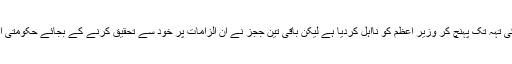
سپریم کورٹ کے دو جج صاحبان نے ان الزامات کی تہہ تک پہنچ کر وزیر اعظم کو نااہل کردیا ہے لیکن باقی تین ججز نے ان الزامات پر خود سے تحقیق کرنے کے بجائے حکومتی اداروں سے تحقیقات کروانے کا حکم صادر کیا ہے۔